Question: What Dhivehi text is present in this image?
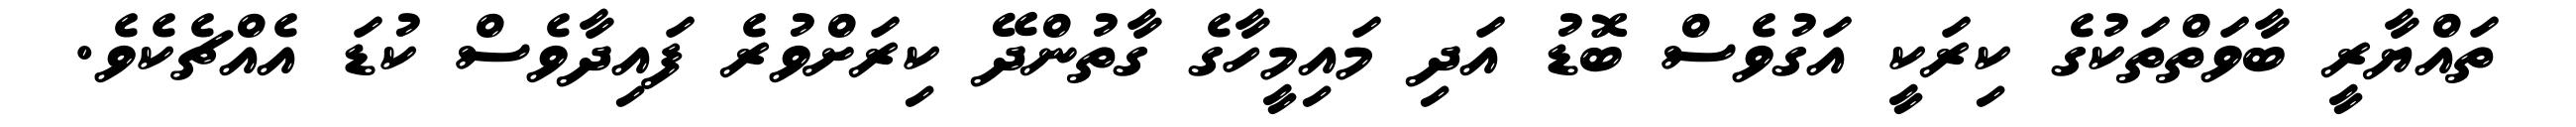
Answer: ތައްޔާރީ ބާވަތްތަކުގެ ކިރަކީ އަގުވެސް ބޮޑު އަދި މައިމީހާގެ ގާތުންދޭ ކިރަށްވުރެ ފައިދާވެސް ކުޑަ އެއްޗެކެވެ.